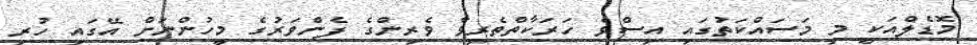
މޮޑެލްއަކީ މި މަސައްކަތުގައި އިސްވެ ހަރަކާތްތެރިވާ ވެރިންގެ ފެންވަރުގެ މީހުންނަށް އޭގައި ހުރި